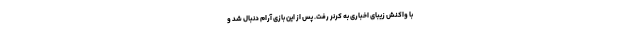
با واکنش زیبای اخباری به کرنر رفت. پس از این بازی آرام دنبال شد و